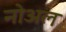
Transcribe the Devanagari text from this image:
नोअल